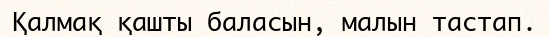
Қалмақ қашты баласын, малын тастап.